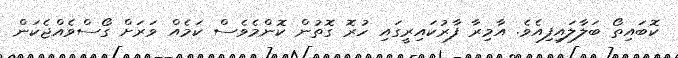
ކޮބައިތޯ ބަލާލައިފިއެވެ. އާމިރާ ފާރުކައިރީގައި ހުރޮ ގޮތުން ކޮންމެވެސް ކަމެއް ވަރަށް ގޯސްވެއްޖެކަން